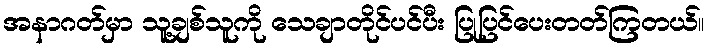
အနာဂတ်မှာ သူ့ချစ်သူကို သေချာတိုင်ပင်ပီး ပြုပြင်ပေးတတ်ကြတယ်။